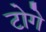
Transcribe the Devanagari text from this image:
टोगे